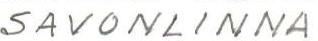
SAVONLINNA